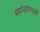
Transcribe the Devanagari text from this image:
ब्रह्मांडशास्त्राशी